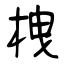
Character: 栧